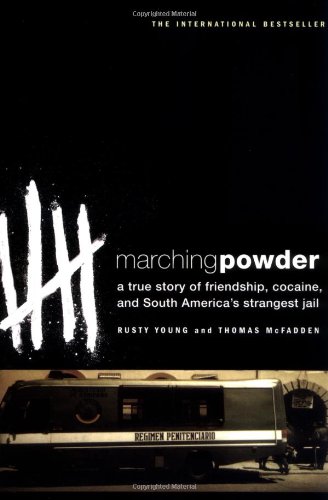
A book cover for Marching Powder: A True Story of Friendship, Cocaine, and South America's Strangest Jail; Thomas McFadden; Biographies & Memoirs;